Annual statistical returns and brief notes on vaccination in Bengal - 1909-1929
Year: 1909
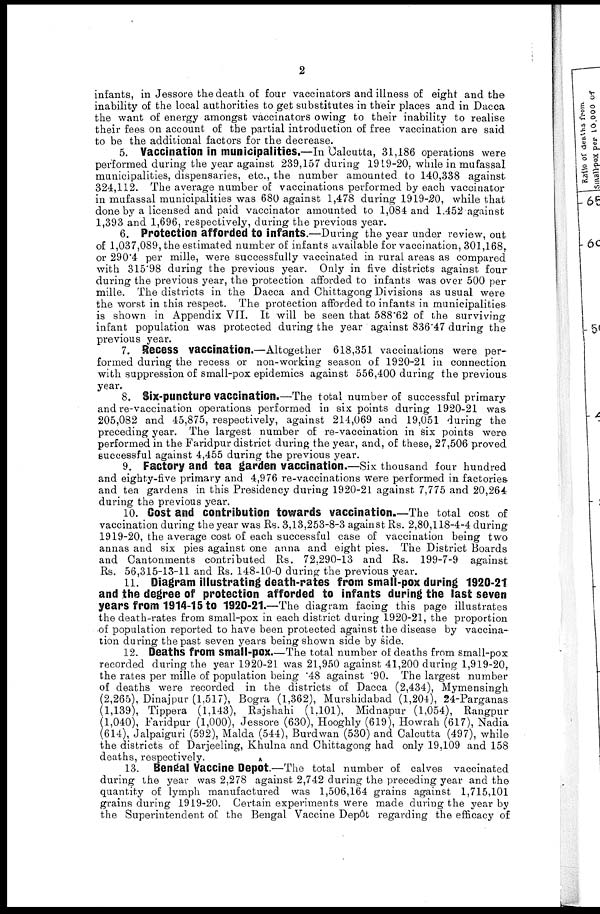
2
infants, in Jessore the death of four vaccinators and illness of eight and the
inability of the local authorities to get substitutes in their places and in Dacca
the want of energy amongst vaccinators owing to their inability to realise
their fees on account of the partial introduction of free vaccination are said
to be the additional factors for the decrease.
5. Vaccination in municipalities.—In Calcutta, 31,186 operations were
performed during the year against 239,157 during 1919-20, while in mufassal
municipalities, dispensaries, etc., the number amounted to 140,338 against
324,112. The average number of vaccinations performed by each vaccinator
in mufassal municipalities was 680 against 1,478 during 1919-20, while that
done by a licensed and paid vaccinator amounted to 1,084 and 1,452 against
1,393 and 1,696, respectively, during the previous year.
6. Protection afforded to infants.—During the year under review, out
of 1,037,089, the estimated number of infants available for vaccination, 301,168,
or 290.4 per mille, were successfully vaccinated in rural areas as compared
with 315.98 during the previous year. Only in five districts against four
during the previous year, the protection afforded to infants was over 500 per
mille. The districts in the Dacca and Chittagong Divisions as usual were
the worst in this respect. The protection afforded to infants in municipalities
is shown in Appendix VII. It will be seen that 588.62 of the surviving
infant population was protected during the year against 836.47 during the
previous year.
7. Recess vaccination.—Altogether 618,351 vaccinations were per-
formed during the recess or non-working season of 1920-21 in connection
with suppression of small-pox epidemics against 556,400 during the previous
year.
8. Six-puncture vaccination.—The total number of successful primary
and re-vaccination operations performed in six points during 1920-21 was
205,082 and 45,875, respectively, against 214,069 and 19,051 during the
preceding year. The largest number of re-vaccination in six points were
performed in the Faridpur district during the year, and, of these, 27,506 proved
successful against 4,455 during the previous year.
9. Factory and tea garden vaccination.—Six thousand four hundred
and eighty-five primary and 4,976 re-vaccinations were performed in factories
and tea gardens in this Presidency during 1920-21 against 7,775 and 20,264
during the previous year.
10. Cost and contribution towards vaccination.—The total cost of
vaccination during the year was Rs. 3,13,253-8-3 against Rs. 2,80,118-4-4 during
1919-20, the average cost of each successful case of vaccination being two
annas and six pies against one anna and eight pies. The District Boards
and Cantonments contributed Rs. 72,290-13 and Rs. 199-7-9 against
Rs. 56,315-13-11 and Rs. 148-10-0 during the previous year.
11. Diagram illustrating death-rates from small-pox during 1920-21
and the degree of protection afforded to infants during the last seven
years from 1914-15 to 1920-21.—The diagram facing this page illustrates
the death-rates from small-pox in each district during 1920-21, the proportion
of population reported to have been protected against the disease by vaccina-
tion during the past seven years being shown side by side.
12. Deaths from small-pox.—The total number of deaths from small-pox
recorded during the year 1920-21 was 21,950 against 41,200 during 1,919-20,
the rates per mille of population being .48 against .90. The largest number
of deaths were recorded in the districts of Dacca (2,434), Mymensingh
(2,265), Dinajpur (1,517), Bogra (1,362), Murshidabad (1,204), 24-Parganas
(1,139), Tippera (1,143), Rajshahi (1,101), Midnapur (1,054), Rangpur
(1,040), Faridpur (1,000), Jessore (630), Hooghly (619), Howrah (617), Nadia
(614), Jalpaiguri (592), Malda (544), Burdwan (530) and Calcutta (497), while
the districts of Darjeeling, Khulna and Chittagong had only 19,109 and 158
deaths, respectively.
13. Bengal Vaccine Depôt.—The total number of calves vaccinated
during the year was 2,278 against 2,742 during the preceding year and the
quantity of lymph manufactured was 1,506,164 grains against 1,715,101
grains during 1919-20. Certain experiments were made during the year by
the Superintendent of the Bengal Vaccine Depôt regarding the efficacy of